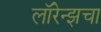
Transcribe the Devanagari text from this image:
लॉरेन्झचा